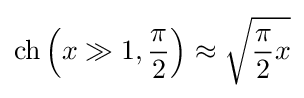
\operatorname {ch} \left(x\gg 1,{\frac {\pi }{2}}\right)\approx {\sqrt {{\frac {\pi }{2}}x}}